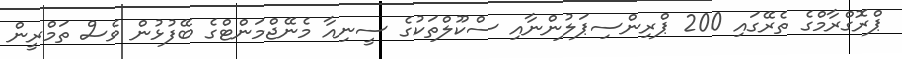
ޕްރޮގްރާމްގެ ތެރޭގައި 200 ޕްރިންސިޕަލުންނާއި ސްކޫލްތަކުގެ ސީނިއާ މެނޭޖްމަންޓްގެ ބޭފުޅުން ވެސް ތަމްރީން